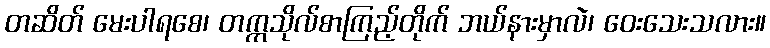
တဆိတ် မေးပါရစေ၊ တက္ကသိုလ်စာကြည့်တိုက် ဘယ်နားမှာလဲ၊ ဝေးသေးသလား။